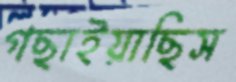
গছাইয়াছিস